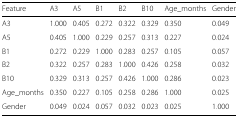
| Feature | A3 | A5 | B1 | B2 | B10 | Age_months | Gender |
 | --- | --- | --- | --- | --- | --- | --- | --- |
 | A3 | 1.000 | 0.405 | 0.272 | 0.322 | 0.329 | 0.350 | 0.049 |
 | A5 | 0.405 | 1.000 | 0.229 | 0.257 | 0.313 | 0.227 | 0.024 |
 | B1 | 0.272 | 0.229 | 1.000 | 0.283 | 0.257 | 0.105 | 0.057 |
 | B2 | 0.322 | 0.257 | 0.283 | 1.000 | 0.426 | 0.258 | 0.032 |
 | B10 | 0.329 | 0.313 | 0.257 | 0.426 | 1.000 | 0.286 | 0.023 |
 | Age_months | 0.350 | 0.227 | 0.105 | 0.258 | 0.286 | 1.000 | 0.025 |
 | Gender | 0.049 | 0.024 | 0.057 | 0.032 | 0.023 | 0.025 | 1.000 |